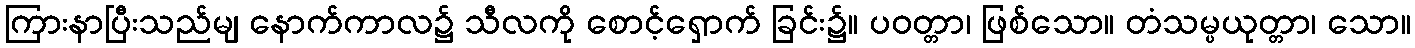
ကြားနာပြီးသည်မျ နောက်ကာလ၌ သီလကို စောင့်ရှောက် ခြင်း၌။ ပဝတ္တာ၊ ဖြစ်သော။ တံသမ္ပယုတ္တာ၊ သော။